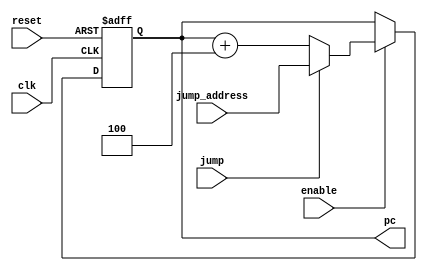
module prog_counter (
       input clk, reset, enable, jump,
       input [31:0] jump_address,
       output reg [31:0] pc
);

    always @(posedge clk or posedge reset) begin
        if(reset) begin
            pc <= 32'b0;
        end
        else if(enable) begin
            if(jump) begin
                pc <= jump_address;
            end
            else begin  
                pc <= pc + 4;
            end
        end
    end
endmodule